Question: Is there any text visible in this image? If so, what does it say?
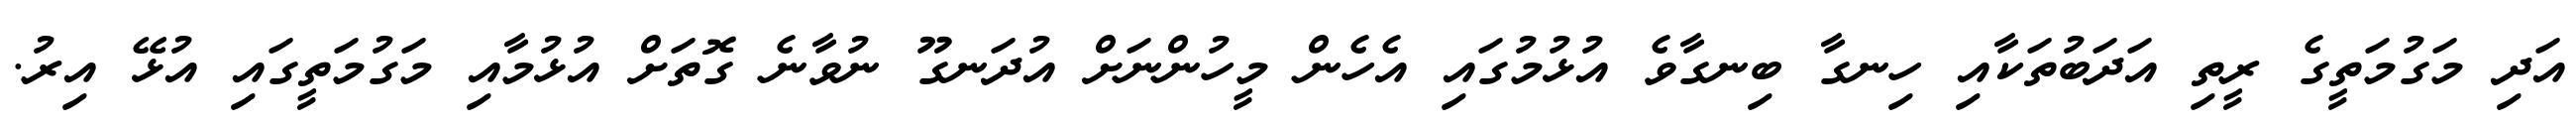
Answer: އަދި މަގުމަތީގެ ރީތި އަދަބުތަކާއި ހިނގާ ބިނގާވެ އުޅުމުގައި އެހެން މީހުންނަށް އުދަނގޫ ނުވާނެ ގޮތަށް އުޅުމާއި މަގުމަތީގައި އުޅޭ އިރު.